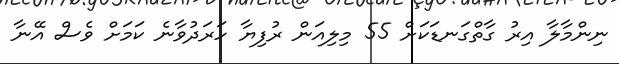
ނިންމާލާ އިރު ގާތްގަނޑަކަށް 55 މިލިއަން ރުފިޔާ ހަރަދުވާނެ ކަމަށް ވެސް އޭނާ